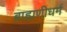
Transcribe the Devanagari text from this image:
ब्राह्मणीधर्म